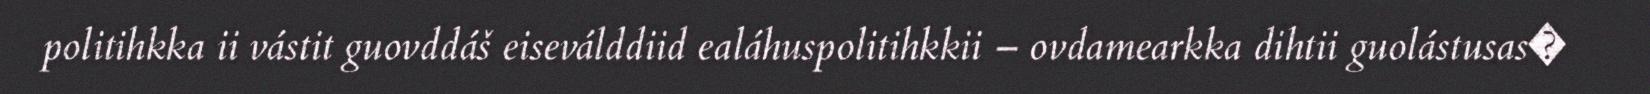
politihkka ii vástit guovddáš eiseválddiid ealáhuspolitihkkii – ovdamearkka dihtii guolástusas�